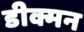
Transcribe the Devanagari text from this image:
डीक्मन